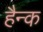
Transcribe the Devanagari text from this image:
हैन्क